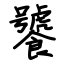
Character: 饕